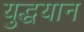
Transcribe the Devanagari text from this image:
युद्धयान